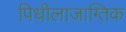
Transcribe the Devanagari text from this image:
पिधीलाजाग्तिक